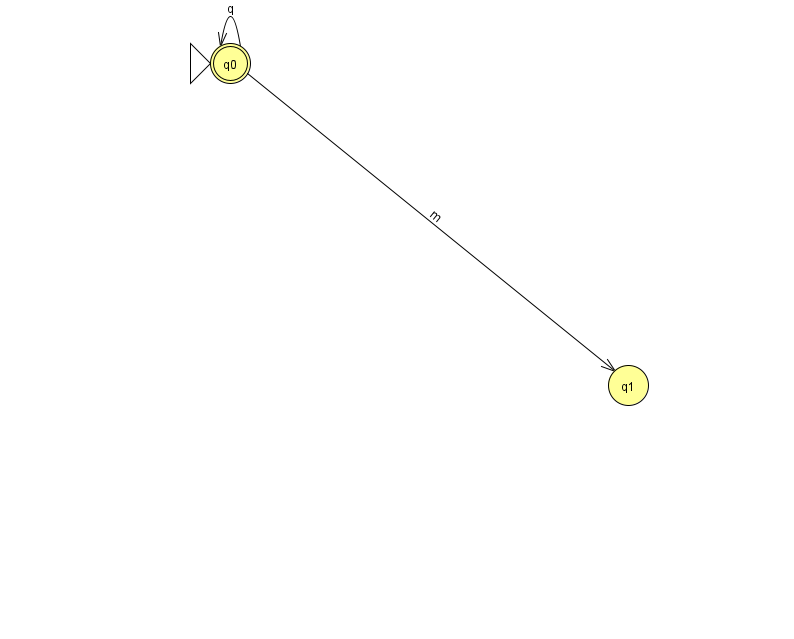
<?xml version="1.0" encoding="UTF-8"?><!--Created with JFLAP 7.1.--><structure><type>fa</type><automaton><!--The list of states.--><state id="0" name="q0"><x>230.0</x><y>50.0</y><initial/><final/></state><state id="1" name="q1"><x>628.0</x><y>372.0</y></state><!--The list of transitions.--><transition><from>0</from><to>0</to><read>q</read></transition><transition><from>0</from><to>1</to><read>m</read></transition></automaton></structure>